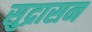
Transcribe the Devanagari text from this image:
सुद्रासन